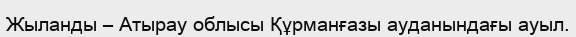
Жыланды – Атырау облысы Құрманғазы ауданындағы ауыл.